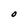
Character: O